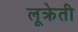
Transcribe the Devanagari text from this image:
लूक्रेती